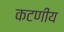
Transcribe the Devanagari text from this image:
कटणीय